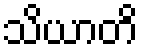
သိယာတိ